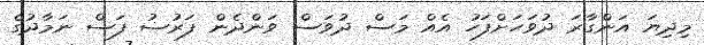
މިދިޔަ އަންގާރަ ދުވަހަށްފަހު އެއް މަސް ދުވަސް ވަންދެން ފަރުޟު ފަސް ނަމާދުގެ